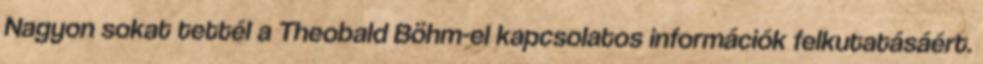
Nagyon sokat tettél a Theobald Böhm-el kapcsolatos információk felkutatásáért.